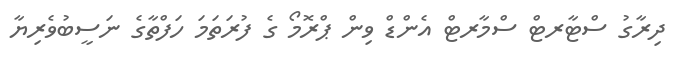
ދިރާގު ސްޓާރޓް ސްމާރޓް އެންޑް ވިން ޕްރޮމޯ ގެ ފުރަތަމަ ހަފްތާގެ ނަސީބުވެރިޔާ